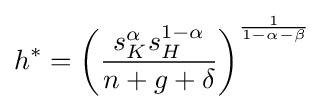
h^{*}=\left({\frac {s_{K}^{\alpha }s_{H}^{1-\alpha }}{n+g+\delta }}\right)^{\frac {1}{1-\alpha -\beta }}